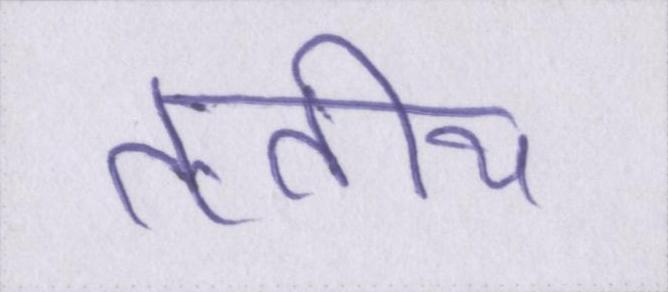
तृतीय